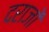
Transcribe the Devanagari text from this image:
दराजों